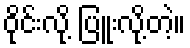
ဝိုင်းလို့ ပြူးလို့တဲ့။